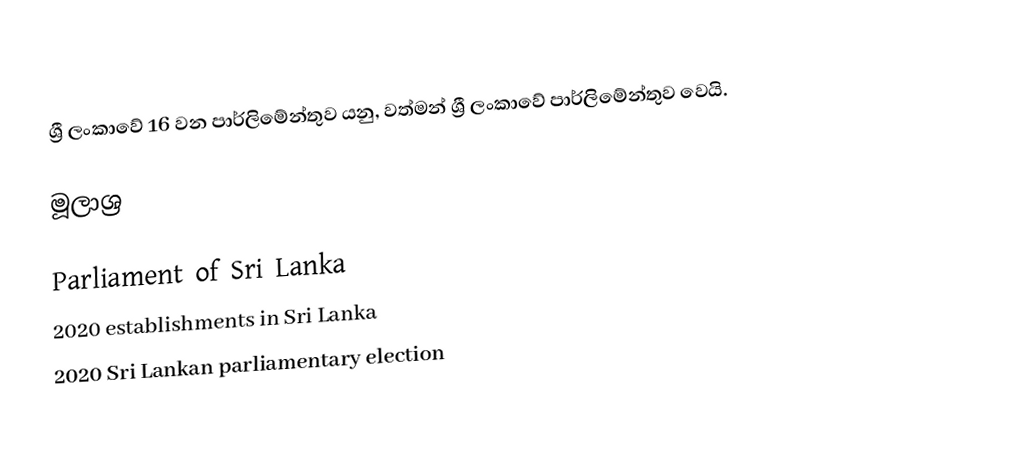
ශ්‍රී ලංකාවේ 16 වන පාර්ලිමේන්තුව යනු, වත්මන් ශ්‍රී ලංකාවේ පාර්ලිමේන්තුව වෙයි.

මූලාශ්‍ර

Parliament of Sri Lanka
2020 establishments in Sri Lanka
2020 Sri Lankan parliamentary election